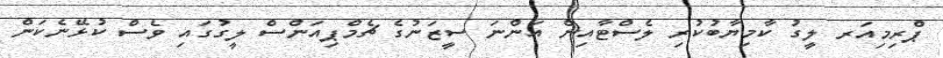
ޕްރިމިއަރ ލީގު ކާމިޔާބުކުރި ލެސްޓާއިން އަންނަ ސީޒަނުގެ ޗެމްޕިއަންސް ލީގުގައި ވެސް ކުޅޭނެކަން